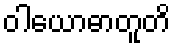
ဝါယောဓာတူတိ